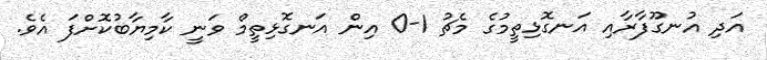
އަދި އުނގޫފާރާއި އަނގޮޅިތީމުގެ މެޗު 1-0 އިން އަނގޮޅިތީމް ވަނީ ކާމިޔާބުކޮށްފަ އެވެ.